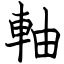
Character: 軸